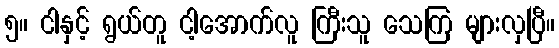
၅။ ငါနှင့် ရွယ်တူ ငါ့အောက်လူ ကြီးသူ သေကြ များလှပြီ။